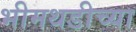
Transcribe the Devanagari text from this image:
भीमथडीच्या